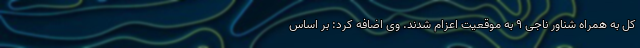
کل به همراه شناور ناجی ۹ به موقعیت اعزام شدند. وی اضافه کرد: بر اساس